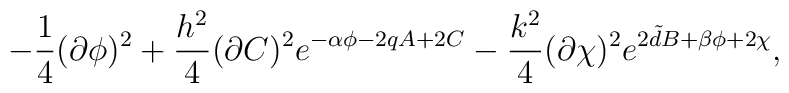
-\frac{1}{4}(\partial \phi)^{2}+\frac{h^{2}}{4}(\partial  C)^{2}e^{-\alpha\phi-2qA+2C}- \frac{k^{2}}{4}(\partial \chi)^{2}e^{2{\tilde d}B+\beta\phi+2\chi},